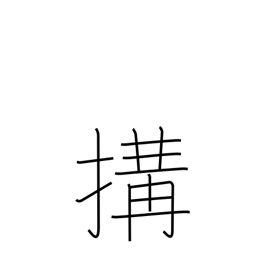
Meaning: cause